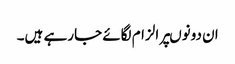
ان دونوںپر الزام لگائے جارہے ہیں۔